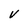
Character: V